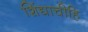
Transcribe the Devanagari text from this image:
शिंद्याचीहि